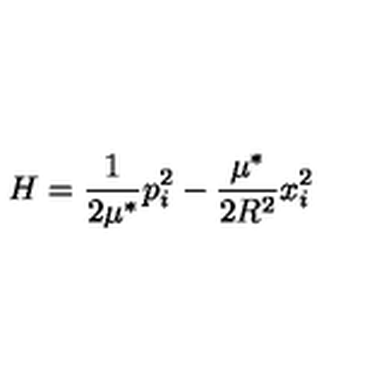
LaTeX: H = \frac { 1 } { 2 \mu ^ { * } } p _ { i } ^ { 2 } - \frac { \mu ^ { * } } { 2 R ^ { 2 } } x _ { i } ^ { 2 }